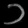
Digit: ၁